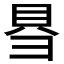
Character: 𮙱